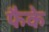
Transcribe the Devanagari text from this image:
फैके